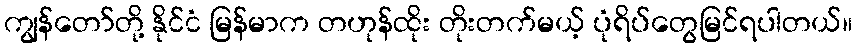
ကျွန်တော်တို့ နိုင်ငံ မြန်မာက တဟုန်ထိုး တိုးတက်မယ့် ပုံရိပ်တွေမြင်ရပါတယ်။